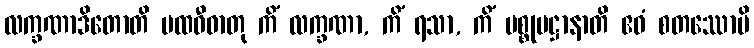
လက္ခဏာဒိတောတိ ပထဝီဓာတု ကိံ လက္ခဏာ, ကိံ ရသာ, ကိံ ပစ္စုပဋ္ဌာနာတိ ဧဝံ စတဿောပိ